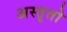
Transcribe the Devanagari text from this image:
अस्तृतो